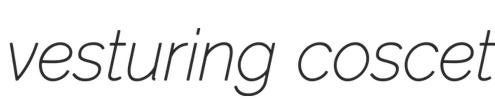
vesturing coscet